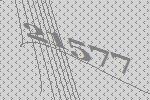
21577